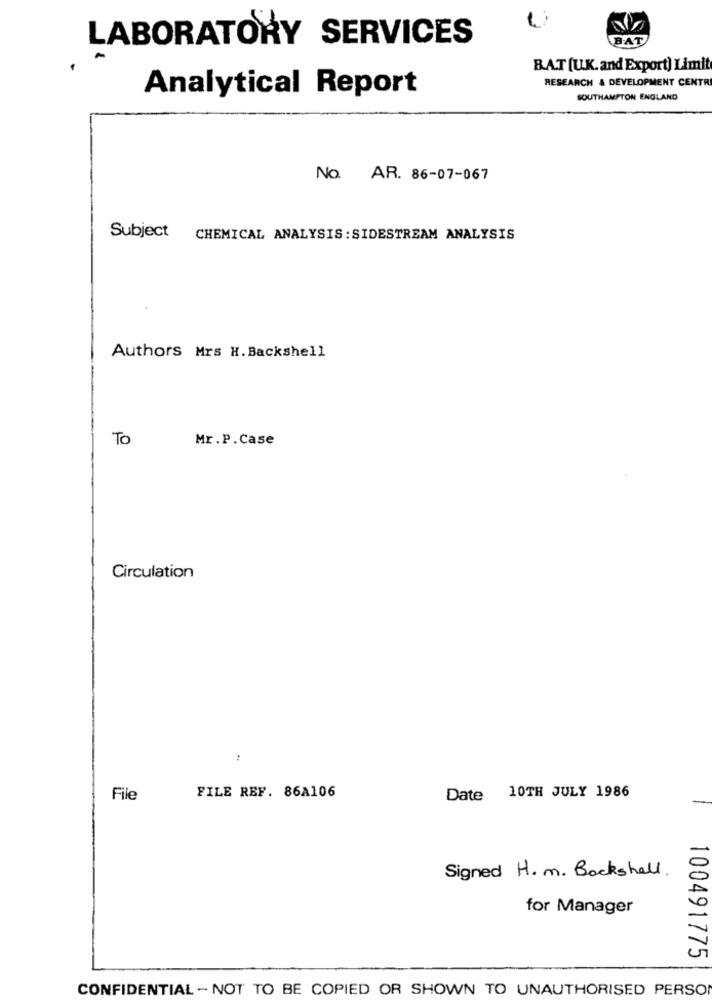
LABORATORY SERVICES
BAT
BAT [U.K. and Export) Limit
RESEARCH & DEVELOPMENT CENTRE
Analytical Report
SOUTHAMPTON ENGLAND
No. AR. 86-07-067
Subject
CHEMICAL ANALYSIS : SIDESTREAM ANALYSIS
Authors Mrs H. Backshell
To
Mr.P. Case
Circulation
FILE REF. 86A106
File
Date 10TH JULY 1986
Signed H. m. Bockshell.
for Manager
100491775
CONFIDENTIAL - NOT TO BE COPIED OR SHOWN TO UNAUTHORISED PERSO